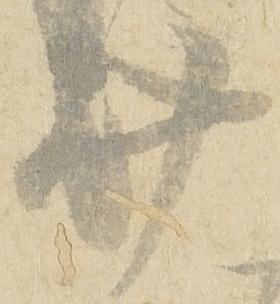
廿